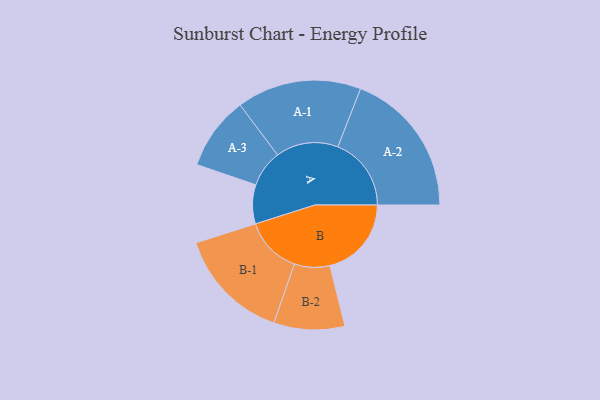
{"axis": {"x": "Segment", "y": "Value"}, "legend": ["", "A", "B"], "data": [{"x": "A", "y": 151, "type": ""}, {"x": "B", "y": 315, "type": ""}, {"x": "A-1", "y": 241, "type": "A"}, {"x": "A-2", "y": 284, "type": "A"}, {"x": "A-3", "y": 142, "type": "A"}, {"x": "B-1", "y": 220, "type": "B"}, {"x": "B-2", "y": 137, "type": "B"}]}